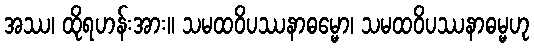
အဿ၊ ထိုရဟန်းအား။ သမထဝိပဿနာဓမ္မော၊ သမထဝိပဿနာဓမ္မဟု